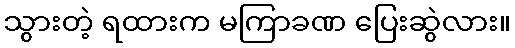
သွားတဲ့ ရထားက မကြာခဏ ပြေးဆွဲလား။